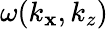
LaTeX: \omega(k_{\mathbf{x}},k_{z})